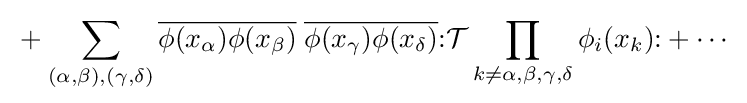
{\mathcal {}}+\sum _{(\alpha ,\beta ),(\gamma ,\delta )}{\overline {\phi (x_{\alpha })\phi (x_{\beta })}}\;{\overline {\phi (x_{\gamma })\phi (x_{\delta })}}{\mathopen {:}}{\mathcal {T}}\prod _{k\not =\alpha ,\beta ,\gamma ,\delta }\phi _{i}(x_{k}){\mathclose {:}}+\cdots